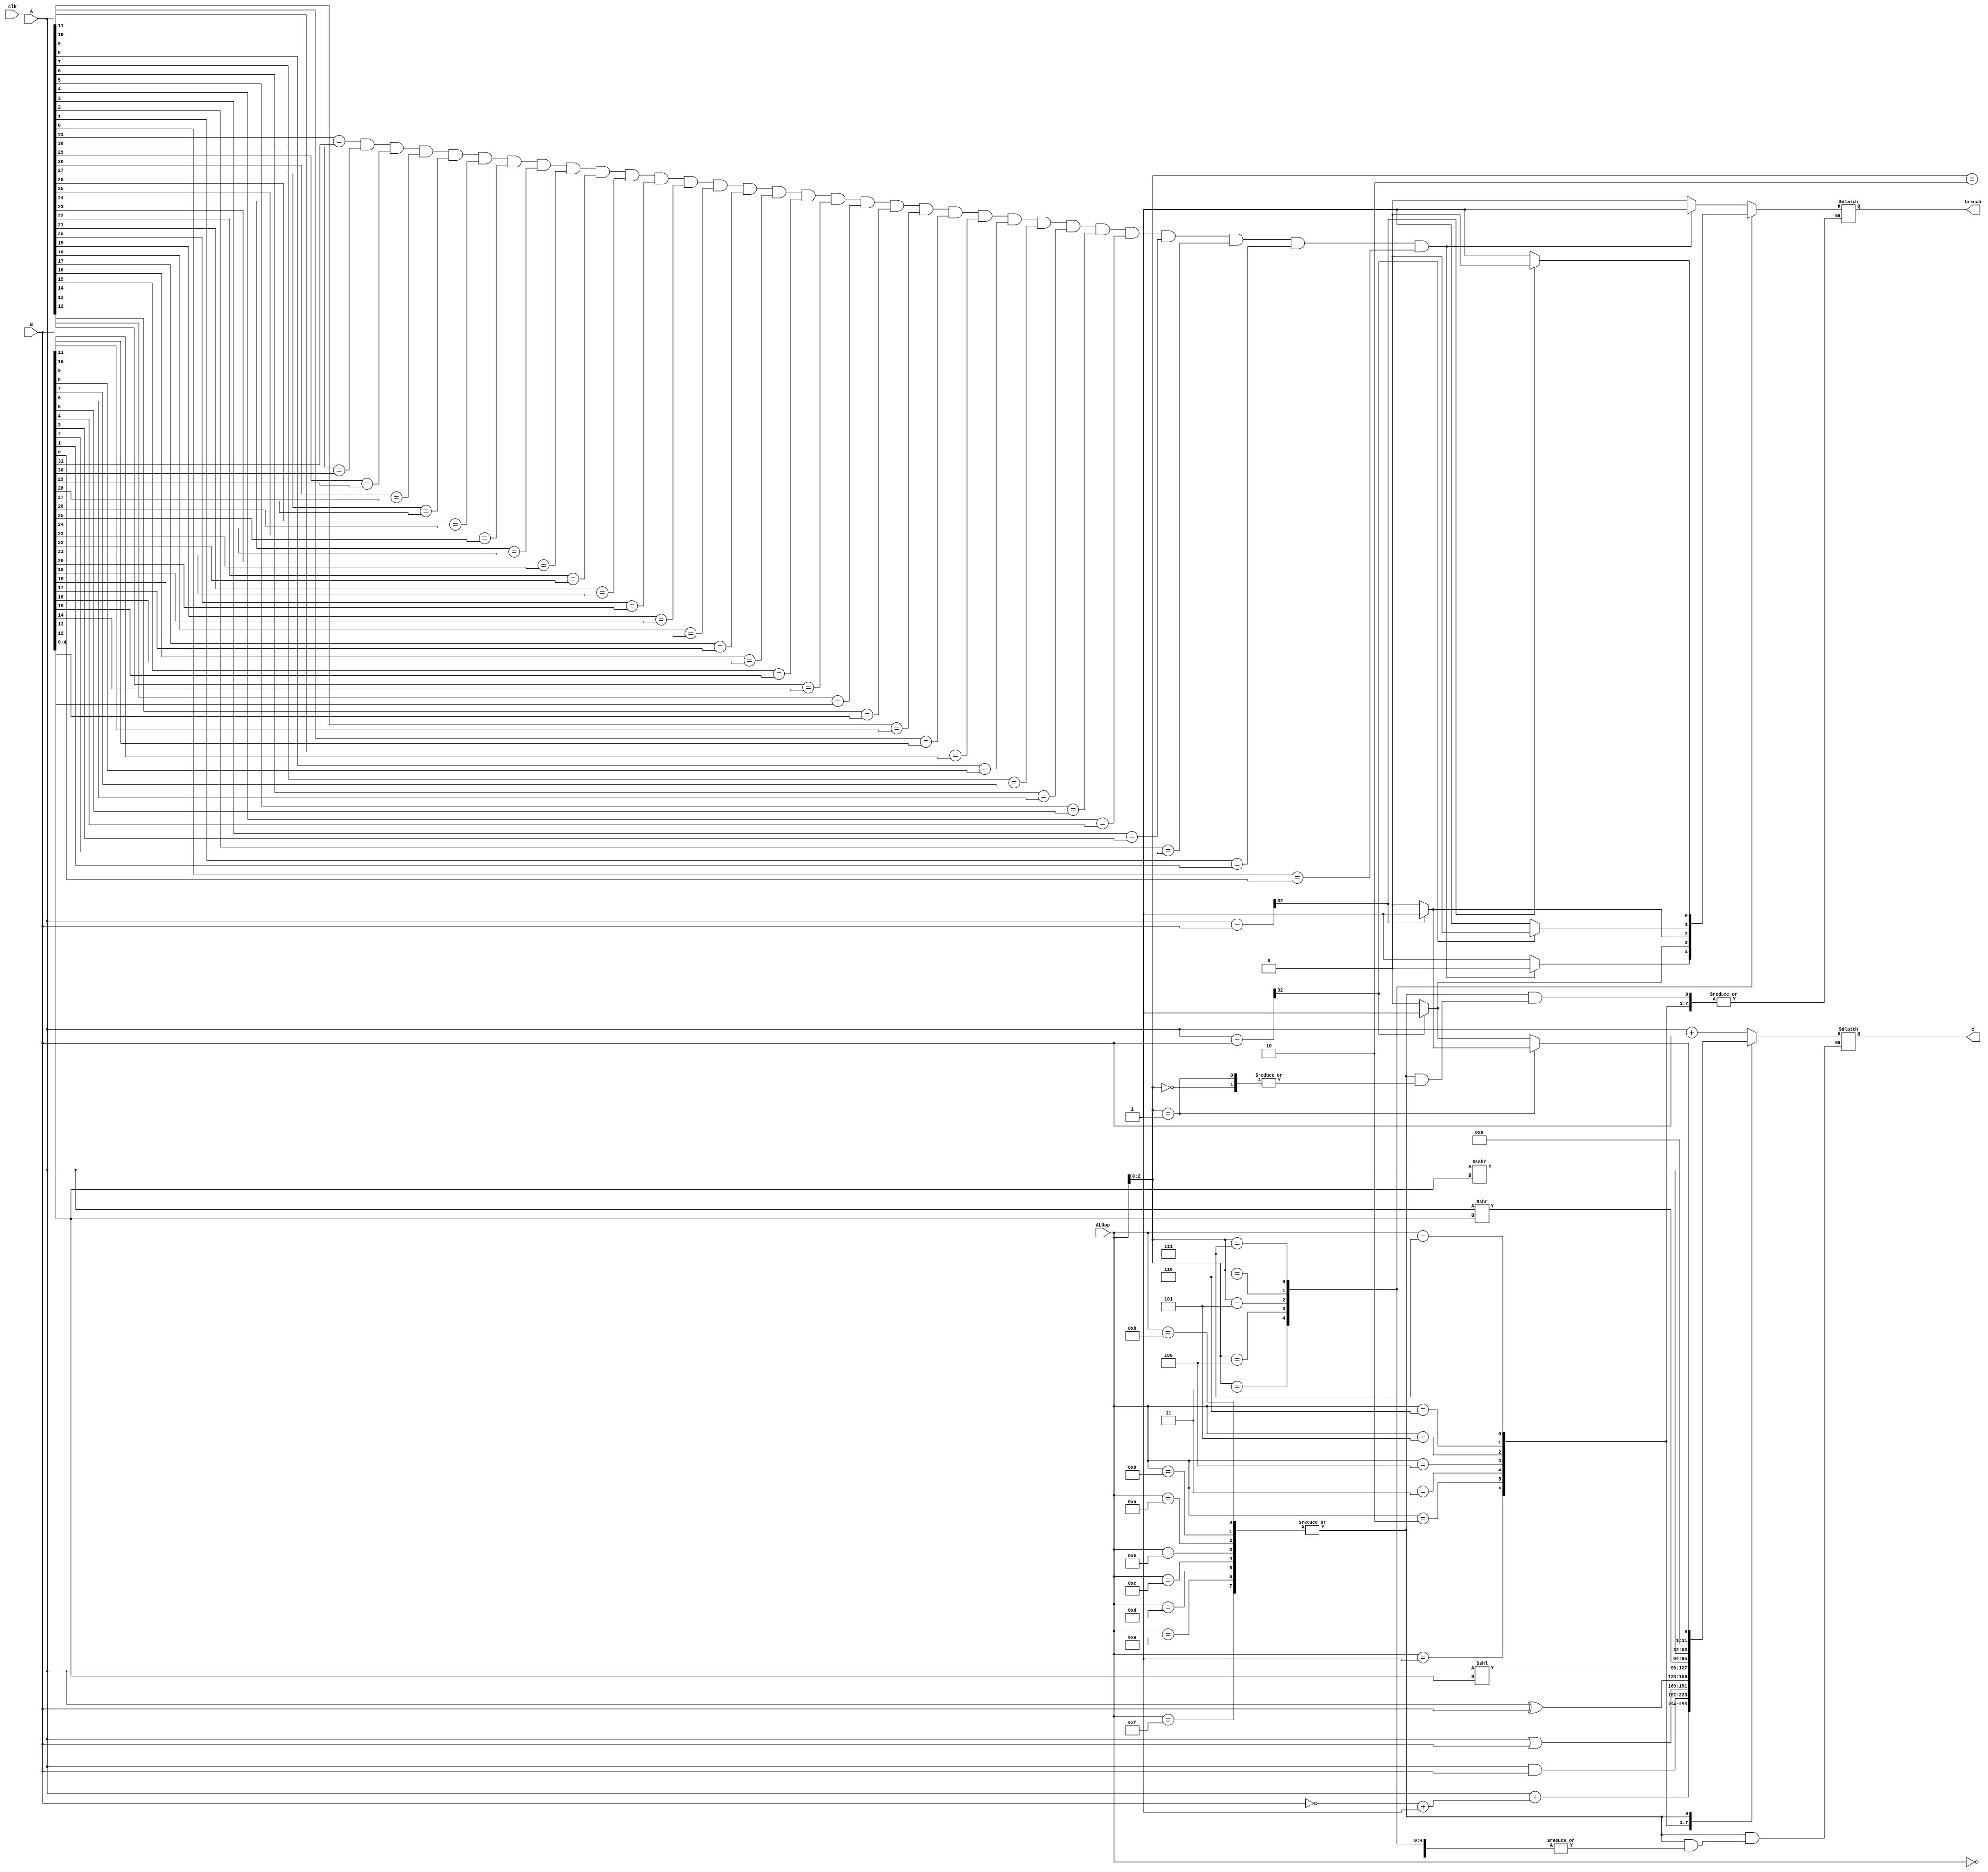
module ALU (
    input wire clk,
    input wire [3:0]ALUop,
    input wire [31:0]A,
    input wire [31:0]B,
    output reg branch,
    output reg [31:0]C
);
    reg signed  [31:0] sA;
    reg         [31:0] usA;
    reg signed  [31:0] sB;
    reg         [31:0] usB;
    reg         [32:0] temp;
    reg         [33:0] temp2;
    always @(*) begin
        sA=A;
        usA=A;
        sB=B;
        usB=B;
    end

    always @(*) begin
        case (ALUop)
            4'b0000:begin
                C=sA+sB;
            end
            4'b0001:begin
                C=sA+(~sB+1'b1);
            end
            4'b0010:begin
                C=sA&sB;
            end
            4'b0011:begin
                C=sA|sB;
            end
            4'b0100:begin
                C=sA^sB;
            end
            4'b0101:begin
                C=sA<<sB[4:0];
            end
            4'b0110:begin
                C=sA>>sB[4:0];
            end
            4'b0111:begin
                C=sA>>>sB[4:0];
            end
            4'b1000,4'b1001,4'b1010,4'b1011,4'b1100,4'b1101,4'b1110,4'b1111:begin
                case (ALUop[2:0])
                    3'b000:begin
                        temp=sA-sB;
                        case (temp[32])
                            0: C=0;
                            1: C=1;
                            default: C=0;
                        endcase
                    end 
                    3'b001:begin
                        temp2=usA-usB;
                        case (temp2[33])
                            0: C=0;
                            1: C=1;
                            default: C=0;
                        endcase
                    end 
                    3'b010:begin
                        if (A[31]==B[31]&&A[30]==B[30]&&
                            A[29]==B[29]&&A[28]==B[28]&&
                            A[27]==B[27]&&A[26]==B[26]&&
                            A[25]==B[25]&&A[24]==B[24]&&
                            A[23]==B[23]&&A[22]==B[22]&&
                            A[21]==B[21]&&A[20]==B[20]&&
                            A[19]==B[19]&&A[18]==B[18]&&
                            A[17]==B[17]&&A[16]==B[16]&&
                            A[15]==B[15]&&A[14]==B[14]&&
                            A[13]==B[13]&&A[12]==B[12]&&
                            A[11]==B[11]&&A[10]==B[10]&&
                            A[9]==B[9]&&A[8]==B[8]&&
                            A[7]==B[7]&&A[6]==B[6]&&
                            A[5]==B[5]&&A[4]==B[4]&&
                            A[3]==B[3]&&A[2]==B[2]&&
                            A[1]==B[1]&&A[0]==B[0]) begin
                            
                            branch=1;
                        end else begin
                            branch=0;
                        end
                    end 
                    3'b011:begin
                        if (A[31]==B[31]&&A[30]==B[30]&&
                            A[29]==B[29]&&A[28]==B[28]&&
                            A[27]==B[27]&&A[26]==B[26]&&
                            A[25]==B[25]&&A[24]==B[24]&&
                            A[23]==B[23]&&A[22]==B[22]&&
                            A[21]==B[21]&&A[20]==B[20]&&
                            A[19]==B[19]&&A[18]==B[18]&&
                            A[17]==B[17]&&A[16]==B[16]&&
                            A[15]==B[15]&&A[14]==B[14]&&
                            A[13]==B[13]&&A[12]==B[12]&&
                            A[11]==B[11]&&A[10]==B[10]&&
                            A[9]==B[9]&&A[8]==B[8]&&
                            A[7]==B[7]&&A[6]==B[6]&&
                            A[5]==B[5]&&A[4]==B[4]&&
                            A[3]==B[3]&&A[2]==B[2]&&
                            A[1]==B[1]&&A[0]==B[0]) begin
                            
                            branch=0;
                        end else begin
                            branch=1;
                        end
                    end 
                    3'b100:begin
                        temp=sA-sB;
                        case (temp[32])
                            0: branch=0;
                            1: branch=1;
                            default: branch=0;
                        endcase
                    end 
                    3'b101:begin
                        temp2=usA-usB;
                        case (temp2[33])
                            0: branch=0;
                            1: branch=1;
                            default: branch=0;
                        endcase
                    end 
                    3'b110:begin
                        temp=sA-sB;
                        case (temp[32])
                            0: branch=1;
                            1: branch=0;
                            default: branch=0;
                        endcase
                    end 
                    3'b111:begin
                        temp2=usA-usB;
                        case (temp2[33])
                            0: branch=1;
                            1: branch=0;
                            default: branch=0;
                        endcase
                    end 
                    default: begin
                        C=0;
                        branch=0;
                    end
                endcase
            end
            default: begin
                C=0;
                branch=0;
            end
        endcase
    end    
endmodule